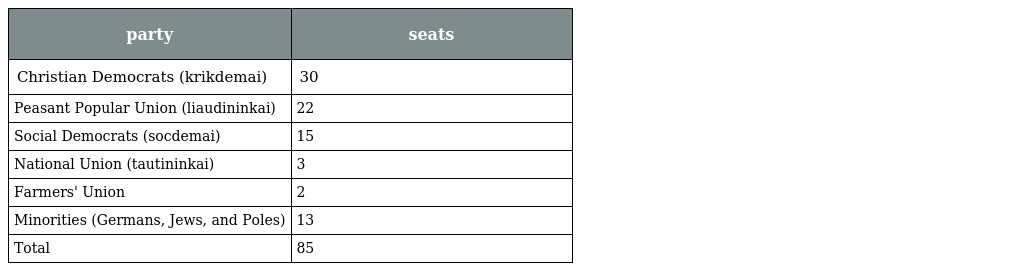
| party | seats |
 | --- | --- |
 | Christian Democrats (krikdemai) | 30 |
 | Peasant Popular Union (liaudininkai) | 22 |
 | Social Democrats (socdemai) | 15 |
 | National Union (tautininkai) | 3 |
 | Farmers' Union | 2 |
 | Minorities (Germans, Jews, and Poles) | 13 |
 | Total | 85 |